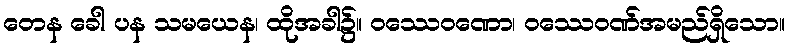
တေန ခေါ ပန သမယေန၊ ထိုအခါ၌။ ဝဿေဝဏော၊ ဝဿေဝဏ်အမည်ရှိသော။